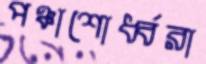
পঞ্চাশোর্ধ্বরা